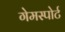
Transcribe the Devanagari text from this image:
गेमस्पोर्ट